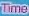
Time